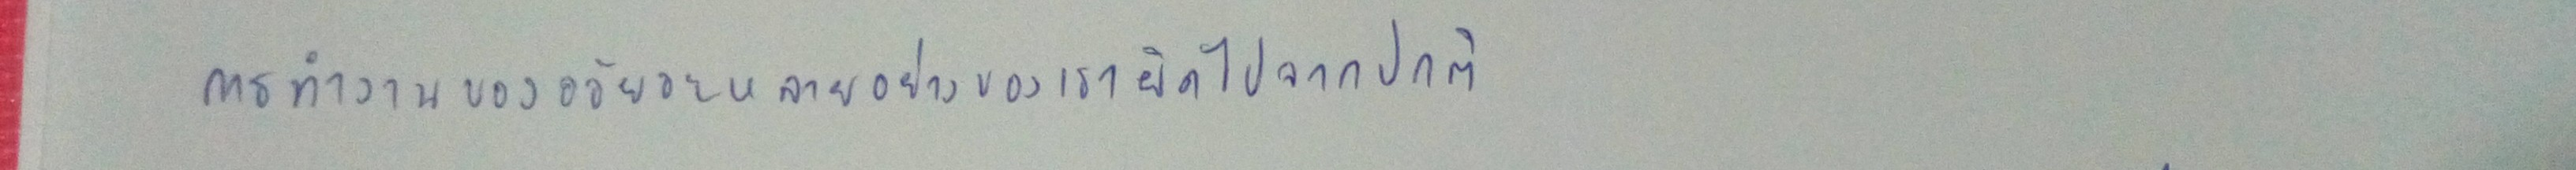
การทำงานของอวัยวะหลายอย่างของคนเราผิดไปจากปกติ